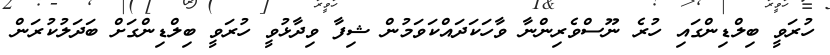
ހުރަވީ ބިލްޑިންގައި ހުރެ ނޫސްވެރިންނާ ވާހަކަދައްކަވަމުން ޝިފާ ވިދާޅުވީ ހުރަވީ ބިލްޑިންގަށް ބަދަލުކުރަން